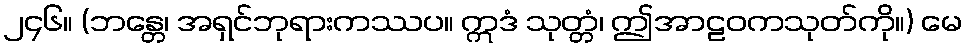
၂၄၆။ (ဘန္တေ၊ အရှင်ဘုရားကဿပ။ ဣဒံ သုတ္တံ၊ ဤအာဠဝကသုတ်ကို။) မေ